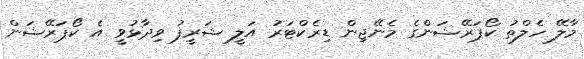
މާލޭ ހެލްތު ކޯޕަރޭޝަންގެ މެނޭޖިން ޑިރެކްޓަރު އަލީ ޝަރީފު ވިދާޅުވީ އެ ކޯޕަރޭޝަން